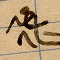
ساعة ٨